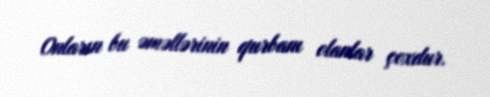
Onların bu əməllərinin qurbanı olanlar çoxdur.